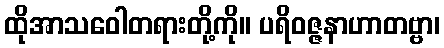
ထိုအာသဝေါတရားတို့ကို။ ပရိဝဇ္ဇနာဟာတဗ္ဗာ၊